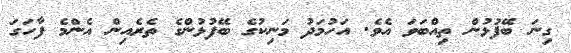
ގިނަ ބޭފުޅުން ތިއްބަވަ އެވެ. އަހުމަދު މަނިކުގެ ބޭފުޅުންގެ ތެރެއިން އެންމެ ފާހަގަ